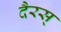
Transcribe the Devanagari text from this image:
दैरस्